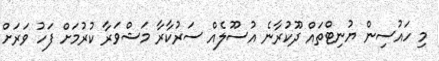
މި ހައުސިން ޔުނިޓްތައް ދޫކުރާނެ އުސޫލެއް ސަރުކާރާ މަޝްވަރާ ކުރުމަށް ފަހު ވަރަށް